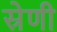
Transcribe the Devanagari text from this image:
स्रेणी